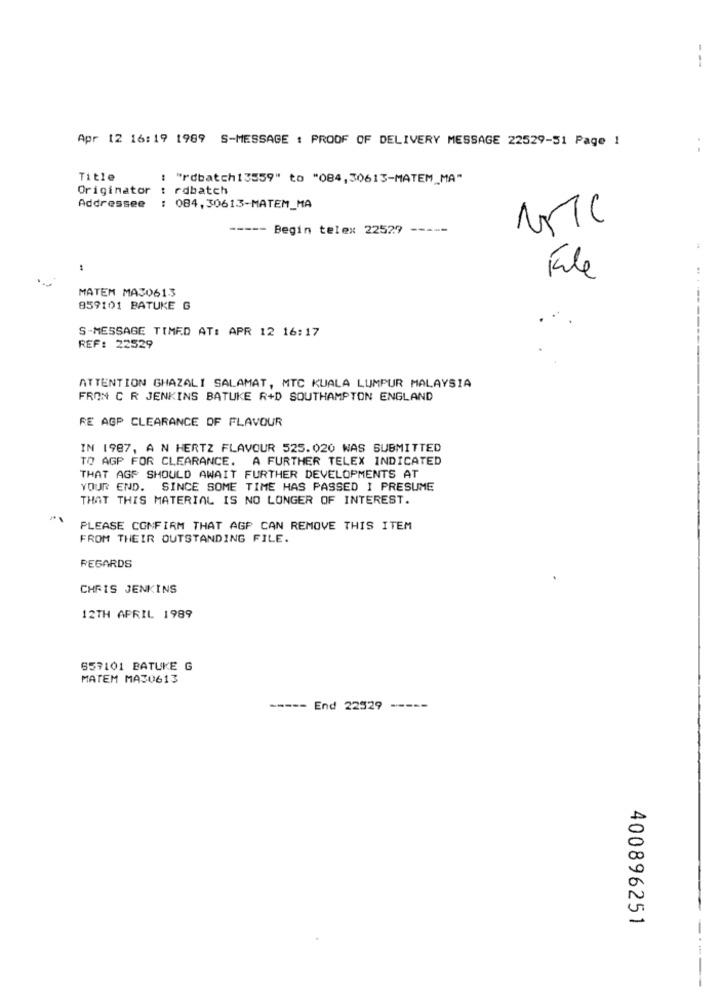
--
Apr 12 16:19 1989 S-MESSAGE : PROOF OF DELIVERY MESSAGE 22529-51 Page 1
Title
: "rdbatch13559" to "084,30613-MATEM_MA"
Originator
: rdbatch
Addressee
: 084,30613-MATEM_MA
-----
Begin telex 22529 -----
File
MATEM MAS0613
859101 BATUKE G
S-MESSAGE TIMED AT: APR 12 16:17
REF: 22529
ATTENTION GHAZALI SALAMAT, MTC KUALA LUMPUR MALAYSIA
FRON C R JENKINS BATUKE R+D SOUTHAMPTON ENGLAND
RE AGP CLEARANCE OF FLAVOUR
IN 1987, A N HERTZ FLAVOUR 525.020 WAS SUBMITTED
TO AGP FOR CLEARANCE. A FURTHER TELEX INDICATED
THAT AGF SHOULD AWAIT FURTHER DEVELOPMENTS AT
YOUR END. SINCE SOME TIME HAS PASSED I PRESUME
THAT THIS MATERIAL IS NO LONGER OF INTEREST.
PLEASE CONFIRM THAT AGP CAN REMOVE THIS ITEM
FROM THEIR OUTSTANDING FILE.
REGARDS
CHRIS JENKINS
12TH APRIL 1989
557101 BATUKE G
MATEM MAS0613
----- End 22529 -----
400896251